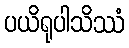
ပယိရုပါသိဿံ